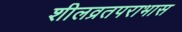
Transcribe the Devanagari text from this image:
शीलव्रतपराभास